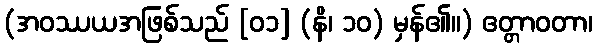
(အဝဿယအဖြစ်သည် [၀၁] (နိ၊ ၁၀) မှန်၏။) ဧတ္တာဝတာ၊